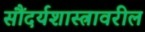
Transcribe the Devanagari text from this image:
सौंदर्यशास्त्रावरील